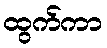
ထွက်ကာ